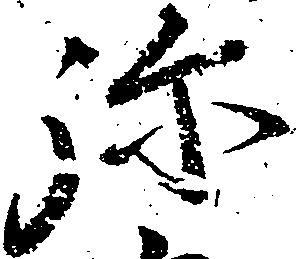
弥